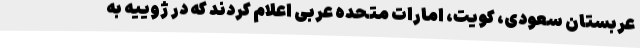
عربستان سعودی، کویت، امارات متحده عربی اعلام کردند که در ژوییه به